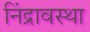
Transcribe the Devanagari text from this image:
निंद्रावस्था